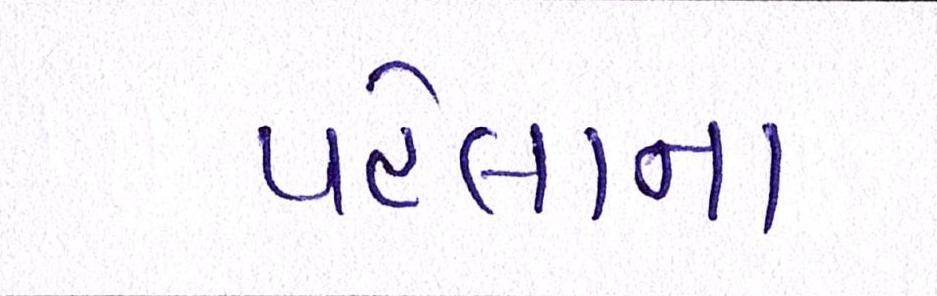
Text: પહેલાના